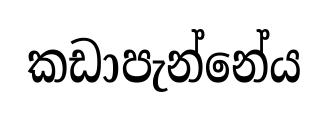
කඩාපැන්නේය